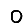
Digit: 0